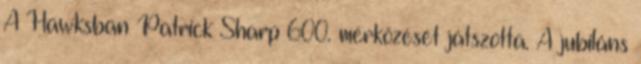
A Hawksban Patrick Sharp 600. mérkőzését játszotta. A jubiláns